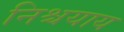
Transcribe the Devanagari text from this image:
निश्चयाय